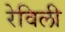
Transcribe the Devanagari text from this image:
रेविली